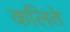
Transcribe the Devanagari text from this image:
कलिते